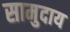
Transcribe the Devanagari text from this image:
सामुदाय